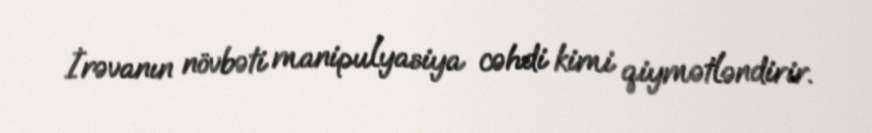
İrəvanın növbəti manipulyasiya cəhdi kimi qiymətləndirir.